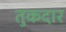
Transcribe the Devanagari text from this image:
तुकदार